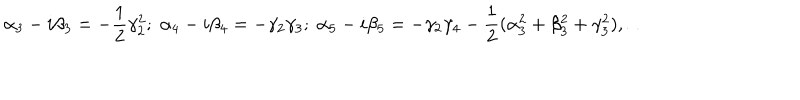
LaTeX: \alpha _ { 3 } - i \beta _ { 3 } = - \frac { 1 } { 2 } \gamma _ { 2 } ^ { 2 } ; \; \alpha _ { 4 } - i \beta _ { 4 } = - \gamma _ { 2 } \gamma _ { 3 } ; \; \alpha _ { 5 } - i \beta _ { 5 } = - \gamma _ { 2 } \gamma _ { 4 } - \frac { 1 } { 2 } ( \alpha _ { 3 } ^ { 2 } + \beta _ { 3 } ^ { 2 } + \gamma _ { 3 } ^ { 2 } ) , \dots